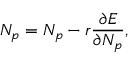
N _ { p } = N _ { p } - r \frac { \partial E } { \partial N _ { p } } ,